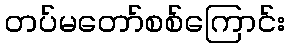
တပ်မတော်စစ်ကြောင်း